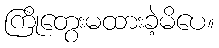
ကြိုတွေးမထားခဲ့မိပေ။